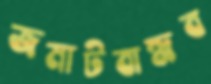
জমাটবান্ধব